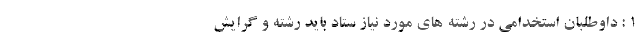
1 : داوطلبان استخدامی در رشته های مورد نیاز ستاد باید رشته و گرایش